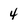
Character: 4